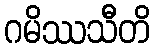
ဂမိဿသီတိ